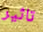
تاثير